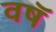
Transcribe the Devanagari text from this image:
वषॅ